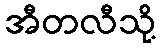
အီတလီသို့